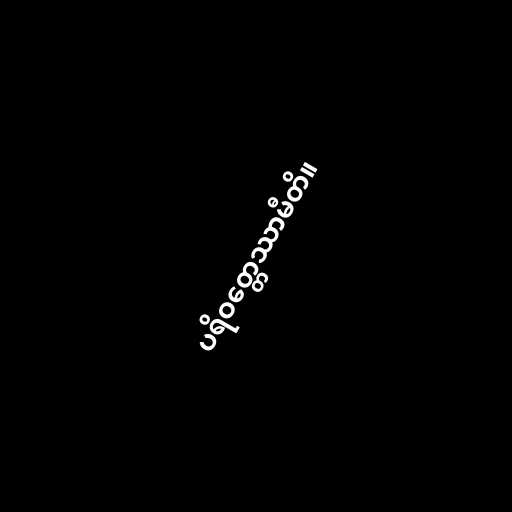
ပရိဝတ္တေဿာမီတိ။